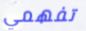
تفهمي